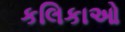
કલિકાઓ